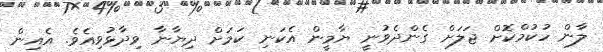
ލާން ހުކުމްކޮށް ޖަލަށް ގެންދެވުނީ ޔާމީން އެކަނި ކަމަށް ދިޔާނާ ވިދާޅުވިއެވެ. އެއިން